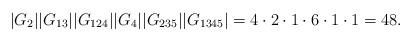
LaTeX: \begin{align*}|G_{2}||G_{13}||G_{124}||G_{4}||G_{235}||G_{1345}|=4\cdot 2\cdot 1\cdot 6\cdot 1 \cdot 1 = 48.\end{align*}